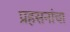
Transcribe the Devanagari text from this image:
प्रहसनांचा